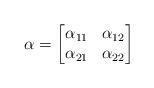
LaTeX: \begin{gather*}\alpha=\left[\begin{matrix}\alpha_{11} & \alpha_{12}\\\alpha_{21} & \alpha_{22}\end{matrix}\right]\end{gather*}